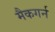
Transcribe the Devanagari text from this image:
मैकगर्न